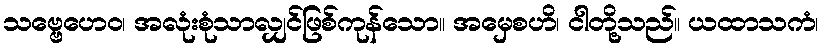
သဗ္ဗေဟေဝ၊ အလုံးစုံသာလျှင်ဖြစ်ကုန်သော။ အမှေစဟိ၊ ငါတို့သည်။ ယထာသကံ၊